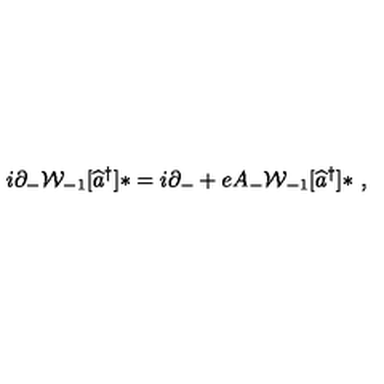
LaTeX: i \partial _ { - } { \cal W } _ { - 1 } [ \widehat { a } ^ { \dag } ] \ast = i \partial _ { - } + e A _ { - } { \cal W } _ { - 1 } [ \widehat { a } ^ { \dag } ] \ast \ ,